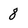
Character: 8